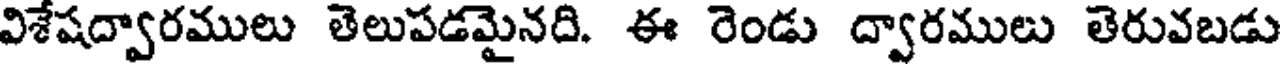
విశేషద్వారములు తెలుపడమైనది. ఈ రెండు ద్వారములు తెరువబడు